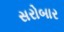
સરોબાર